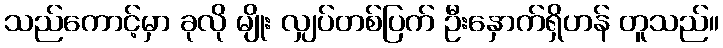
သည်ကောင့်မှာ ခုလို မျိုး လျှပ်တစ်ပြက် ဦးနှောက်ရှိဟန် တူသည်။